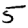
Digit: 5